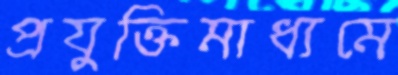
প্রযুক্তিমাধ্যমে